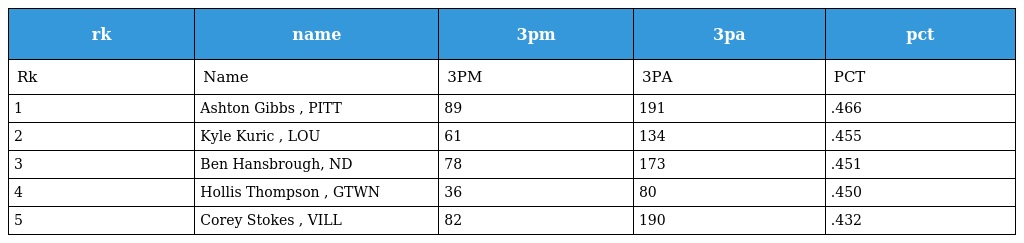
| rk | name | 3pm | 3pa | pct |
 | --- | --- | --- | --- | --- |
 | Rk | Name | 3PM | 3PA | PCT |
 | 1 | Ashton Gibbs , PITT | 89 | 191 | .466 |
 | 2 | Kyle Kuric , LOU | 61 | 134 | .455 |
 | 3 | Ben Hansbrough, ND | 78 | 173 | .451 |
 | 4 | Hollis Thompson , GTWN | 36 | 80 | .450 |
 | 5 | Corey Stokes , VILL | 82 | 190 | .432 |